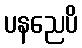
ပနညေပိ